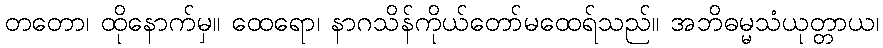
တတော၊ ထိုနောက်မှ။ ထေရော၊ နာဂသိန်ကိုယ်တော်မထေရ်သည်။ အဘိဓမ္မသံယုတ္တာယ၊